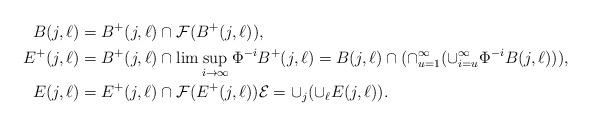
LaTeX: \begin{align*}B(j,\ell)&=B^+(j,\ell)\cap {\cal F}(B^+(j,\ell)),\\ E^+(j,\ell)&=B^+(j,\ell)\cap \lim\sup_{i\to \infty} \Phi^{-i}B^+(j,\ell)=B(j,\ell)\cap (\cap_{u=1}^\infty(\cup_{i=u}^\infty \Phi^{-i}B(j,\ell))),\\E(j,\ell)&=E^+(j,\ell)\cap {\cal F}(E^+(j,\ell)){\cal E}=\cup_j(\cup_\ell E(j,\ell)).\end{align*}